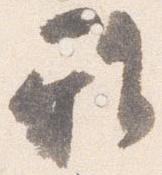
雅